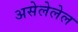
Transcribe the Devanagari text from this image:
असेलेलेल